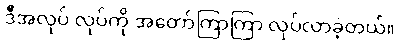
ဒီအလုပ် လုပ်ကို အတော်ကြာကြာ လုပ်လာခဲ့တယ်။